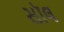
સૉલ